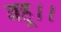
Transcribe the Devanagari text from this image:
बहू।।